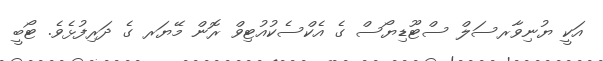
އަކީ ޔުނިވާރސަލް ސްޓޫޑިޔޯސް ގެ އެކްސެކުއުޓިވް ރޮން މޭޔަރ ގެ ދަރިފުޅެވެ. ޓޯބީ